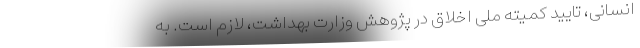
انسانی، تایید کمیته ملی اخلاق در پژوهش وزارت بهداشت، لازم است. به